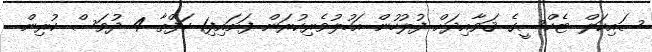
ސައިކަލް ޓެކްސީގެ ޤަވާއިދަށް ފުލުހުން އަހުލުވެރިކުރަން ފަށައިފި1 ހަފްތާ 4 ދުވަސް ކުރިން.